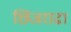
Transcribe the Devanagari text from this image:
छिंजराढा